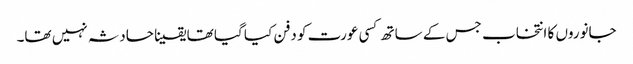
جانوروں کا انتخاب جس کے ساتھ کسی عورت کو دفن کیا گیا تھا یقینا حادثہ نہیں تھا۔